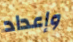
وإعداد